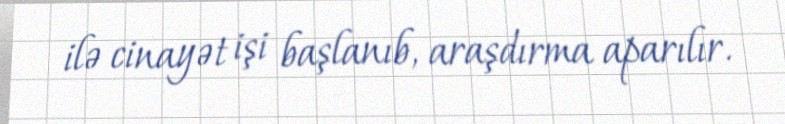
ilə cinayət işi başlanıb, araşdırma aparılır.